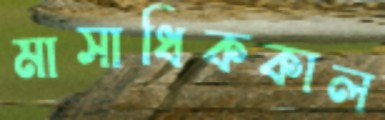
মাসাধিককাল